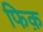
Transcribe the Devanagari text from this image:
फिक़